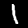
Label: 1